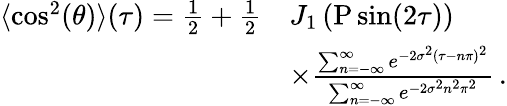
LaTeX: \begin{array}{rl}{\langle\cos^{2}(\theta)\rangle(\tau)=\frac{1}{2}+\frac{1}{2}}&{J_{1}\left(\mathrm{P}\sin(2\tau)\right)}\\ &{\times\frac{\sum_{n=-\infty}^{\infty}e^{-2\sigma^{2}(\tau-n\pi)^{2}}}{\sum_{n=-\infty}^{\infty}e^{-2\sigma^{2}n^{2}\pi^{2}}}\, .}\end{array}